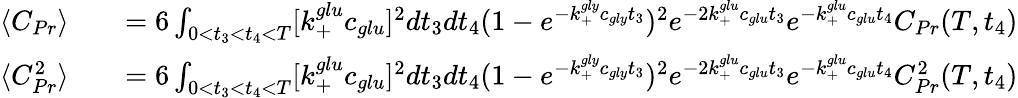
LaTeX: \begin{array}{rlr}{\langle C_{Pr}\rangle}&{{}}&{=6\int_{0<t_{3}<t_{4}<T}[k_{+}^{glu}c_{glu}]^{2}dt_{3}dt_{4}(1-e^{-k_{+}^{gly}c_{gly}t_{3}})^{2}e^{-2k_{+}^{glu}c_{glu}t_{3}}e^{-k_{+}^{glu}c_{glu}t_{4}}C_{Pr}(T,t_{4})}\\ {\langle C_{Pr}^{2}\rangle}&{{}}&{=6\int_{0<t_{3}<t_{4}<T}[k_{+}^{glu}c_{glu}]^{2}dt_{3}dt_{4}(1-e^{-k_{+}^{gly}c_{gly}t_{3}})^{2}e^{-2k_{+}^{glu}c_{glu}t_{3}}e^{-k_{+}^{glu}c_{glu}t_{4}}C_{Pr}^{2}(T,t_{4})}\end{array}